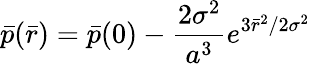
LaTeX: \bar{p}(\bar{r})=\bar{p}(0)-\frac{2{\sigma}^{2}}{a^{3}}e^{3\bar{r}^{2}/2{\sigma}^{2}}